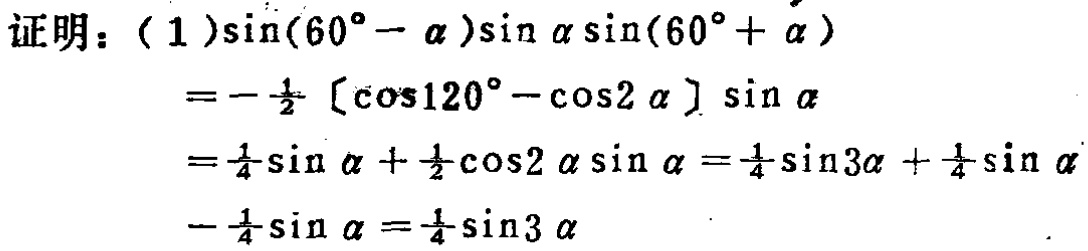
证明：

(1)

\begin{align*}

&\sin(60^{\circ}-\alpha)\sin\alpha\sin(60^{\circ}+\alpha)\\

=&-\frac{1}{2}[\cos120^{\circ}-\cos2\alpha]\sin\alpha\\

=&\frac{1}{4}\sin\alpha+\frac{1}{2}\cos2\alpha\sin\alpha=\frac{1}{4}\sin3\alpha+\frac{1}{4}\sin\alpha\\

&-\frac{1}{4}\sin\alpha=\frac{1}{4}\sin3\alpha

\end{align*}